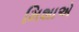
મિશાએ